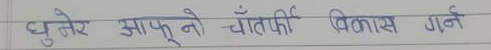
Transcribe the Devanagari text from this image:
घुमेर आफ्नो चॉतरफी विकास गर्न